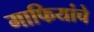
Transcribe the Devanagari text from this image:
माफियांचे